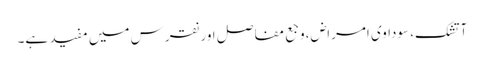
آتشک، سوداوی امراض،وجع مفاصل اور نقرس میں مفید ہے۔